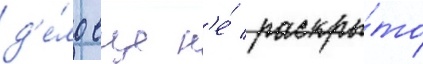
д'е́ло еще н'е́ раскры́то